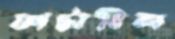
ফাটাবিল